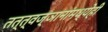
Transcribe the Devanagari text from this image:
तत्त्वज्ञानांमध्येही